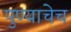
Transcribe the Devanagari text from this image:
पुण्याचेच